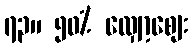
၇၃။ ၅၀% လျှော့စျေး